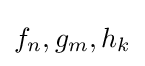
f_{n},g_{m},h_{k}